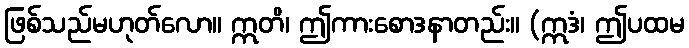
ဖြစ်သည်မဟုတ်လော။ ဣတိ၊ ဤကားစောဒနာတည်း။ (ဣဒံ၊ ဤပထမ